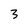
Character: 3